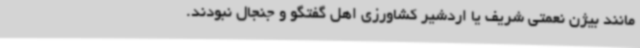
مانند بیژن نعمتی شریف یا اردشیر کشاورزی اهل گفتگو و جنجال نبودند.